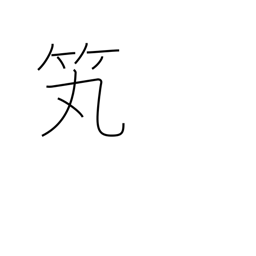
Meaning: arrow holder